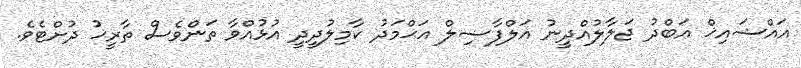
އައްޝައިޚް ޢަބްދު ޖަލާލުއްދީނު އަލްފާޟިލް އަޙްމަދު ކާމިލުދީދީ އުޅުއްވާ ތަންވެސް ތާރީޚު ދުށްޓެވެ.